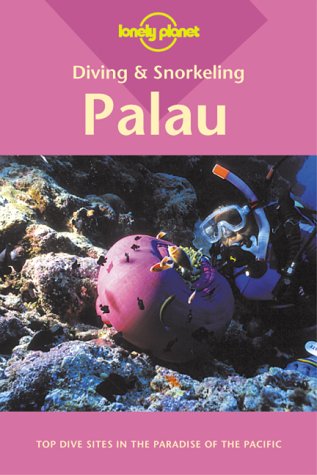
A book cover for Palau (Lonely Planet Diving & Snorkeling Great Barrier Reef); Tim Rock; Travel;